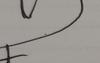
Signature authenticity: forged